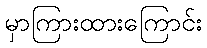
မှာကြားထားကြောင်း